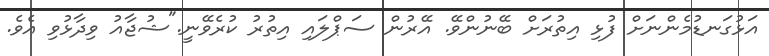
އަޅުގަނޑުމެންނަށް ފުޅި އިތުރަށް ބޭނުންވޭ. އޭރުން ސަޕްލައި އިތުރު ކުރެވޭނީ."ޝުޖާއު ވިދާޅުވި އެެވެ.